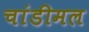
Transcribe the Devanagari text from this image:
चांडीमल